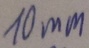
Text: 10mm